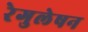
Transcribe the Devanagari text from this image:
रेगुलेषन